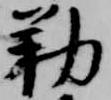
勤